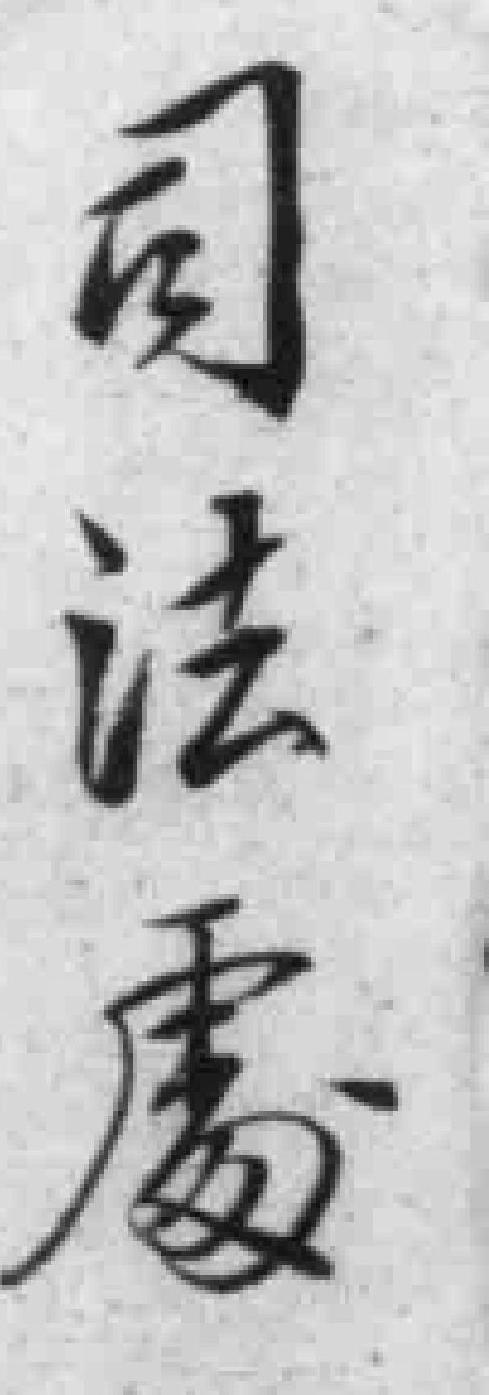
司法處